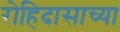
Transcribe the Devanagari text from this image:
रोहिदासाच्या